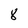
Character: 8